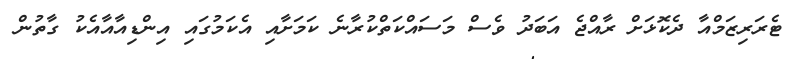
ޓެރަރިޒަމްއާ ދެކޮޅަށް ރާއްޖެ އަބަދު ވެސް މަސައްކަތްކުރާނެ ކަމަށާއި އެކަމުގައި އިންޑިއާއާއެކު ގާތުން